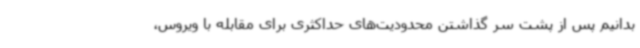
بدانیم پس از پشت سر گذاشتن محدودیت‌های حداکثری برای مقابله با ویروس،